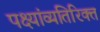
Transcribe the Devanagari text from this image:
पक्ष्यांव्यतिरिक्त